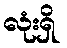
လုံးရှိ